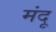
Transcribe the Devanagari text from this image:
मंदू